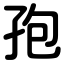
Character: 孢